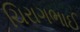
ચિરાગભાઈ